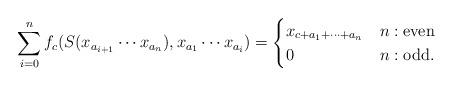
LaTeX: \begin{align*}\sum_{i=0}^{n}f_{c}(S(x_{a_{i+1}}\cdots x_{a_{n}}),x_{a_{1}}\cdots x_{a_{i}})=\begin{cases}x_{c+a_{1}+\cdots+a_{n}} & n:{\rm even}\\0 & n:{\rm odd}.\end{cases}\end{align*}